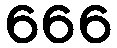
666